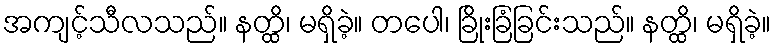
အကျင့်သီလသည်။ နတ္ထိ၊ မရှိခဲ့။ တပေါ၊ ခြိုးခြံခြင်းသည်။ နတ္ထိ၊ မရှိခဲ့။